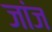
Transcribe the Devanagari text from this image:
जांज